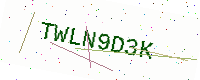
Text: TWLN9D3K